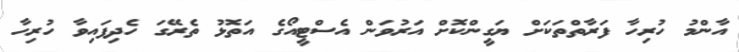
އާންމު ހުރިހާ ފަރާތްތަކަށް ޔަގީންކޮށް އަރުވަން އެސްޓީއޯގެ އަތޮޅު ތެރޭގަ ހެދިފައިވާ ހުރިހާ